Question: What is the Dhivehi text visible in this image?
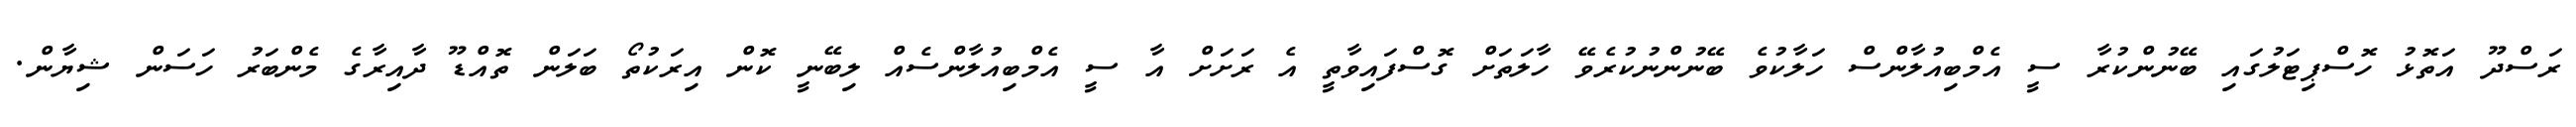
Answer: ރަސްދޫ އަތޮޅު ހޮސްޕިޓަލުގައި ބޭނުންކުރާ ސީ އެމްބިއުލާންސް ހަލާކުވެ ބޭނުންނުކުރެވޭ ހާލަތަށް ގޮސްފައިވާތީ އެ ރަށަށް އާ ސީ އެމްބިއުލާންސެއް ލިބޭނީ ކޮން އިރަކުތޯ ބަލަން ތޮއްޑޫ ދާއިރާގެ މެންބަރު ހަސަން ޝިޔާން.